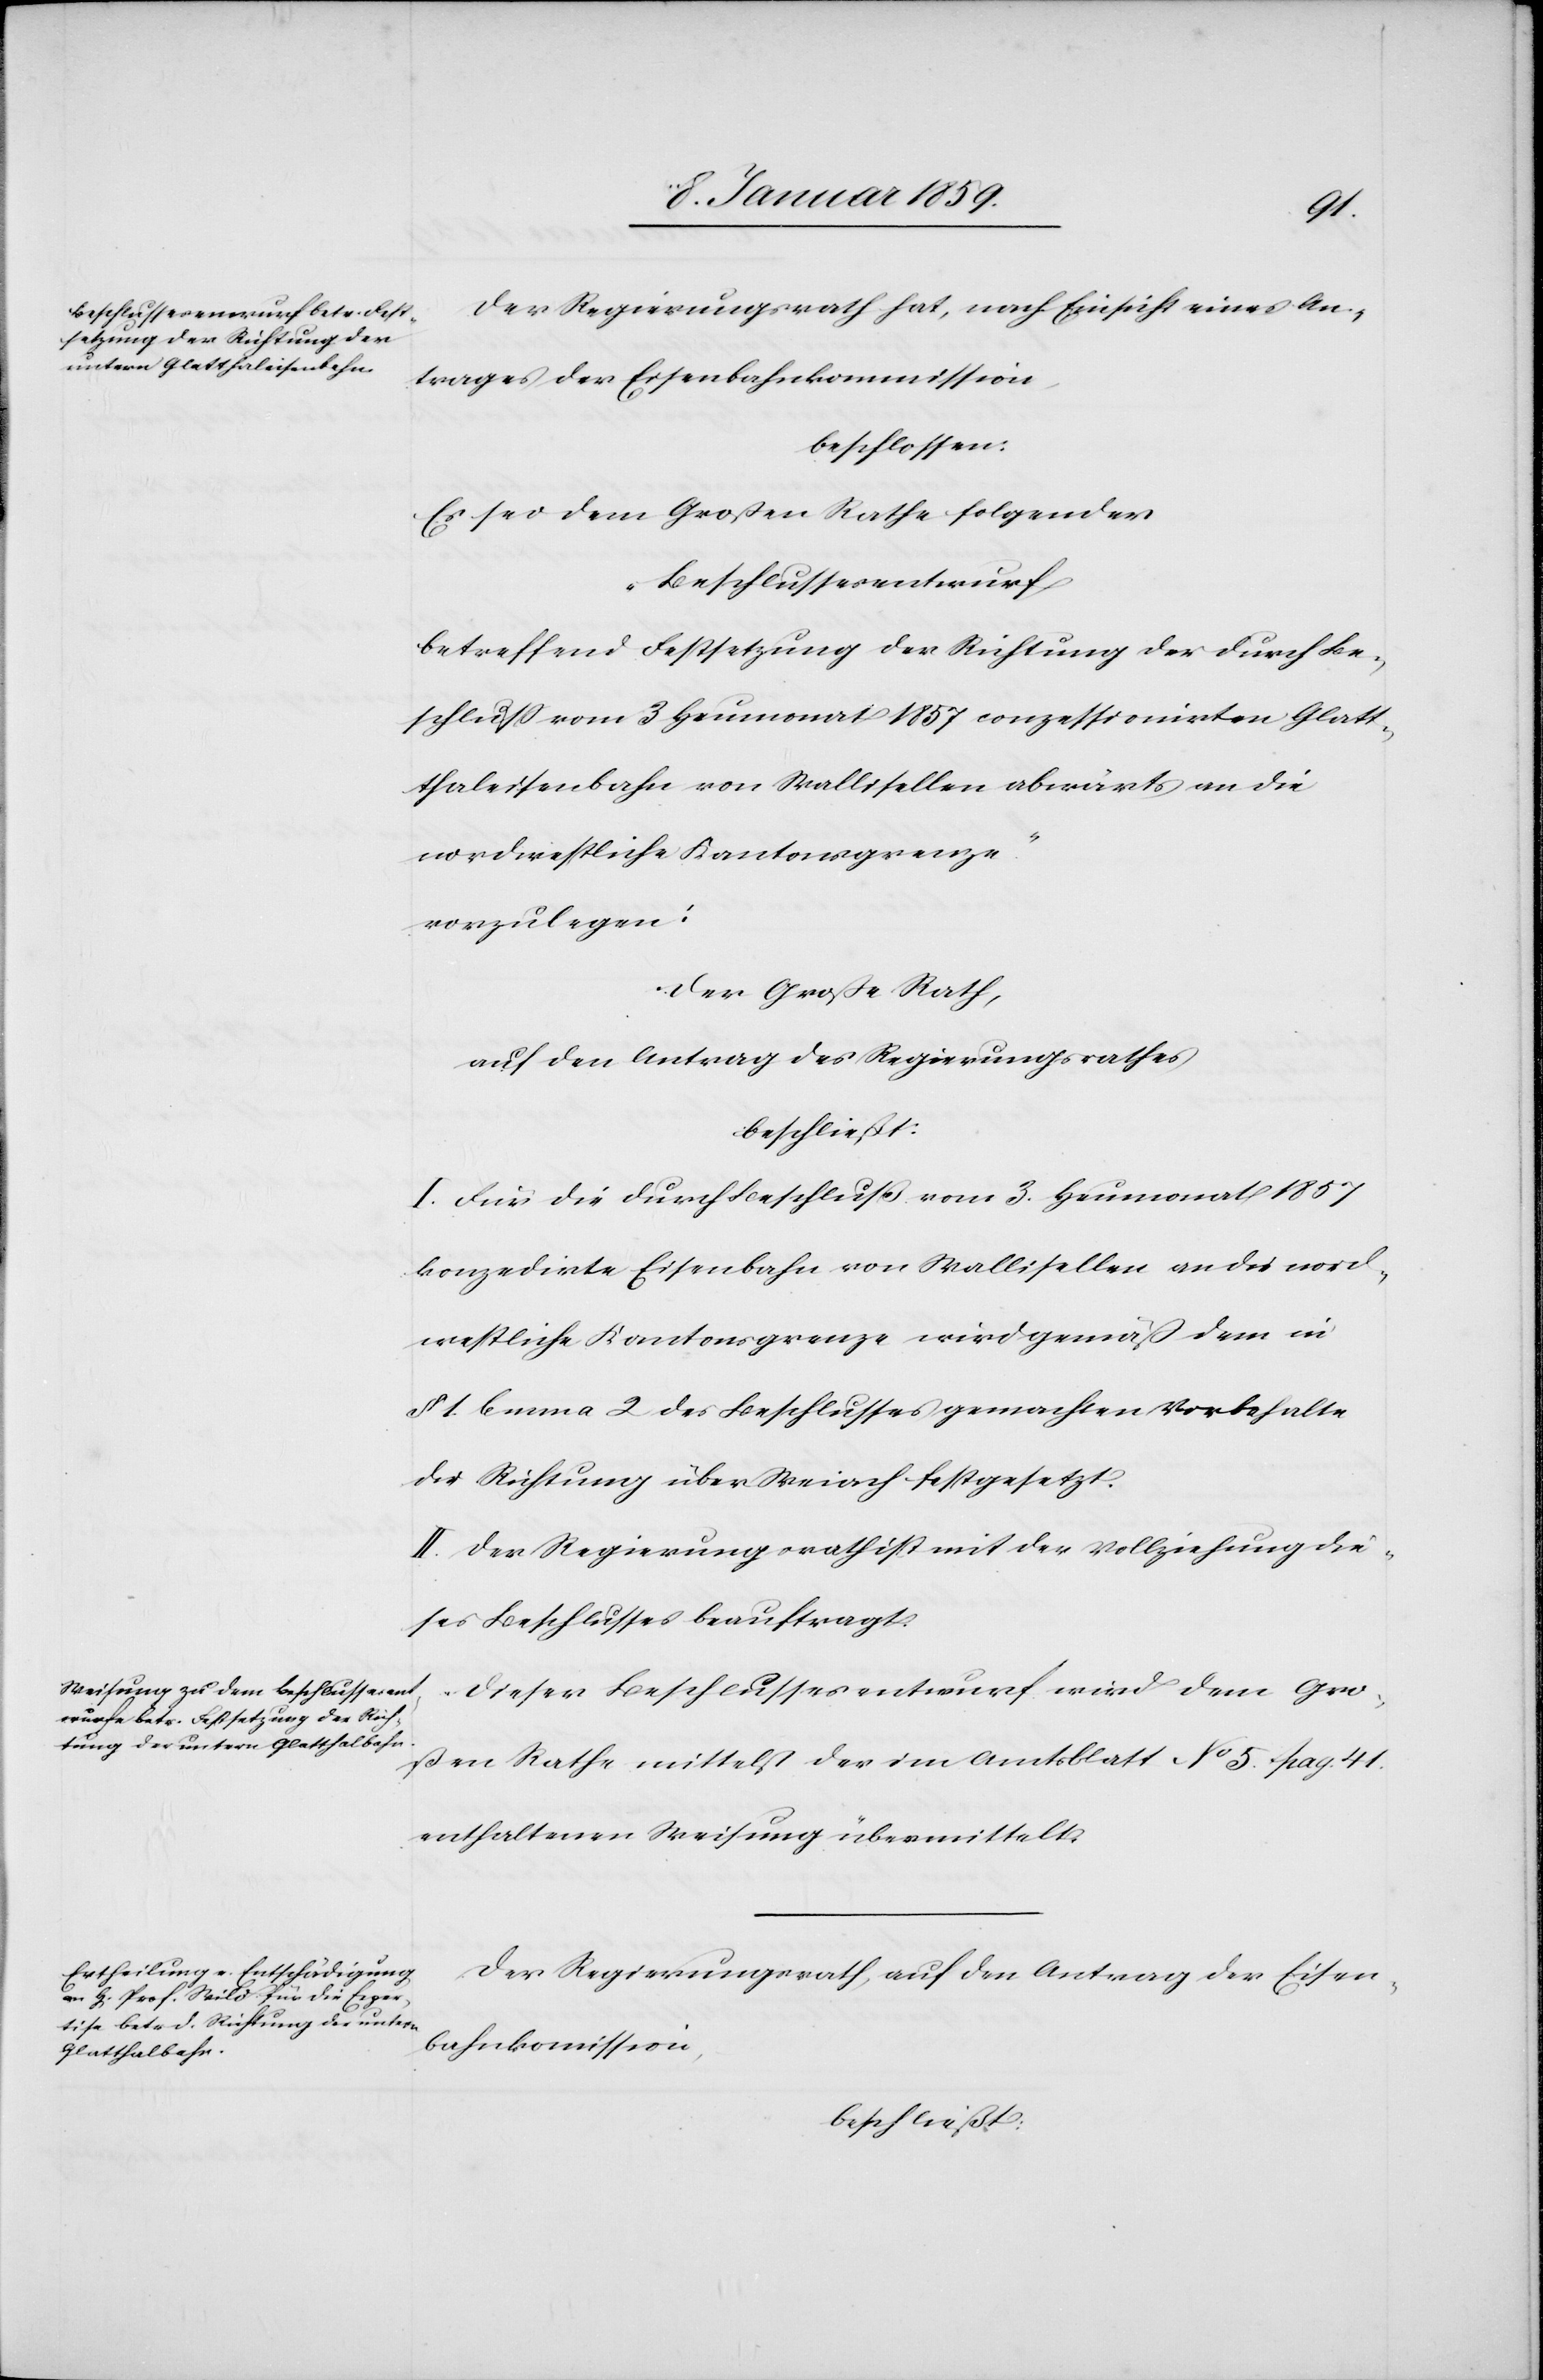
Der Regierungsrath hat, nach Einsicht eines An¬
trages der Eisenbahnkommission,
beschlossen:
Es sei dem Großen Rathe folgender
"Beschlussesentwurf
betreffend Festsetzung der Richtung der durch Be¬
schluß vom 3 Heumonat 1857 conzessionirten Glatt¬
haleisenbahn von Wallisellen abwärts an die
nordwestliche Kantonsgrenze."
vorzulegen:
Der Große Rath,
auf den Antrag des Regierungsrathes
beschließt:
I. Für die durch Beschluß vom 3. Heumonat 1857
konzedirte Eisenbahn von Wallisellen an die nord¬
westliche Kantonsgrenze wird gemäß dem in
§ 1. lemma 2 des Beschlusses gemachten Vorbehalte
die Richtung über Weiach festgesetzt.
II Der Regierungsrath ist mit der Vollziehung die¬
ses Beschlusses beauftragt.
Dieser Beschlussesentwurf wird dem Gro¬
ssen Rathe mittelst der im Amtsblatt No. 5 Pag. 41.
enthaltenen Weisung übermittelt.
Der Regierungsrath, auf den Antrag der Eisen¬
bahnkom[m]ission,
beschließt: